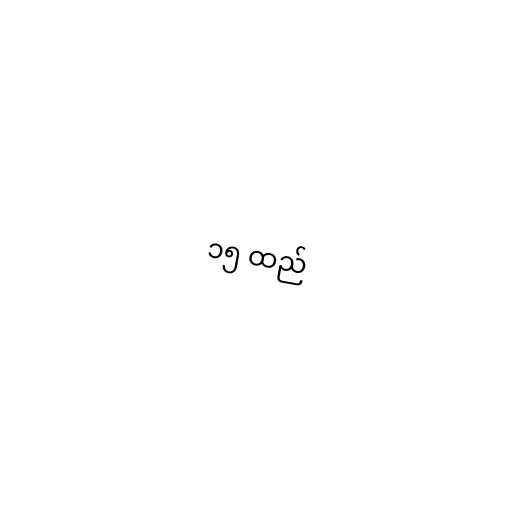
၁၅ ထည်